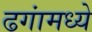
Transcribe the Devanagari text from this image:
ढगांमध्ये